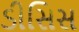
ડીસિસ